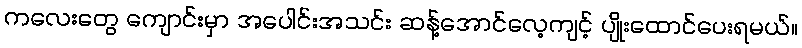
ကလေးတွေ ကျောင်းမှာ အပေါင်းအသင်း ဆန့်အောင်လေ့ကျင့် ပျိုးထောင်ပေးရမယ်။